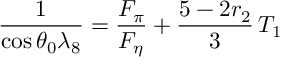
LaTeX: { \frac { 1 } { \cos \theta _ { 0 } \lambda _ { 8 } } } = { \frac { F _ { \pi } } { F _ { \eta } } } + { \frac { 5 - 2 r _ { 2 } } { 3 } } \, T _ { 1 }